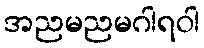
အညမညမဂါရဝါ